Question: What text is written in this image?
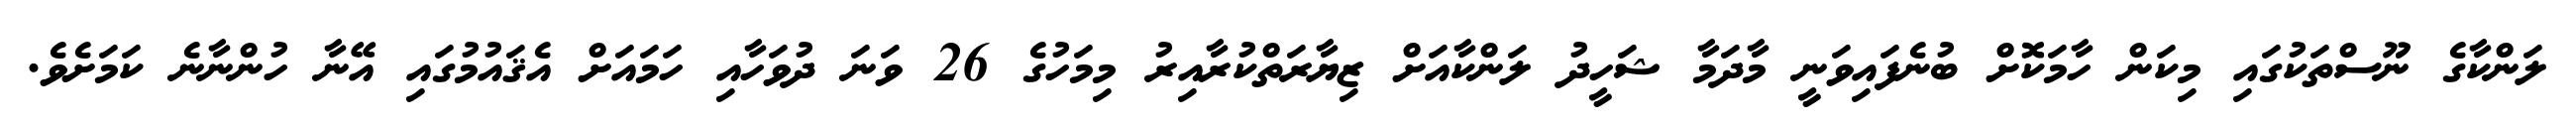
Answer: ލަންކާގެ ނޫސްތަކުގައި މިކަން ހާމަކޮށް ބުނެފައިވަނީ މާދަމާ ޝަހީދު ލަންކާއަށް ޒިޔާރަތްކުރާއިރު މިމަހުގެ 26 ވަނަ ދުވަހާއި ހަމައަށް އެޤައުމުގައި އޭނާ ހުންނާނެ ކަމަށެވެ.